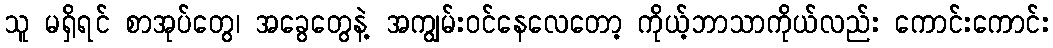
သူ မရှိရင် စာအုပ်တွေ၊ အခွေတွေနဲ့ အကျွမ်းဝင်နေလေတော့ ကိုယ့်ဘာသာကိုယ်လည်း ကောင်းကောင်း